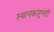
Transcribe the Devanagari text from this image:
स्थानकांहूनही